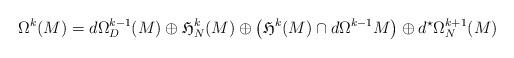
LaTeX: \begin{align*}\Omega^k(M)=d\Omega_D^{k-1}(M)\oplus\mathfrak{H}^k_N(M)\oplus\left(\mathfrak{H}^k(M)\cap d\Omega^{k-1}{M}\right)\oplus d^{\star}\Omega_N^{k+1}(M)\end{align*}